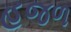
હજળ